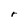
Character: r